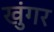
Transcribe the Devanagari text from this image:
खुंगर